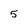
Character: 5